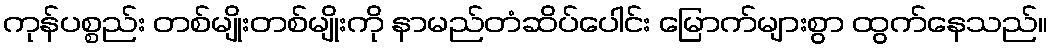
ကုန်ပစ္စည်း တစ်မျိုးတစ်မျိုးကို နာမည်တံဆိပ်ပေါင်း မြောက်များစွာ ထွက်နေသည်။